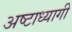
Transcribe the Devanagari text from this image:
अष्टाध्यागी